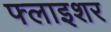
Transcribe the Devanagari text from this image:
फ्लाइशर